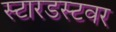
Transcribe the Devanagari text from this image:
स्टारडस्टवर